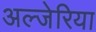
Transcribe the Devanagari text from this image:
अल्जेरिया